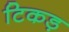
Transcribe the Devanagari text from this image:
टिकड़